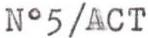
N°5/ACT